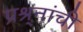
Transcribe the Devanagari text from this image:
प्रश्र्नांची